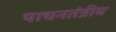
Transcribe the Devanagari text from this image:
पाचनतंत्रीय